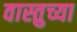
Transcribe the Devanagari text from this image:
वास्तुच्या